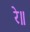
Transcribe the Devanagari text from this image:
रे॥